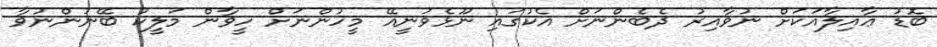
ބޮޑު ޢާއިލާއަކަށް ނުވާއިރު ދެބެންނަށް އެކުގައި ނޫޅެވުނީއޭ މީހުންނަށް ހީވާން މަލީކު ބޭނުންނުވާ